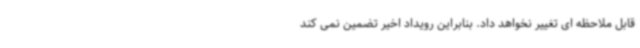
قابل ملاحظه ای تغییر نخواهد داد. بنابراین رویداد اخیر تضمین نمی کند